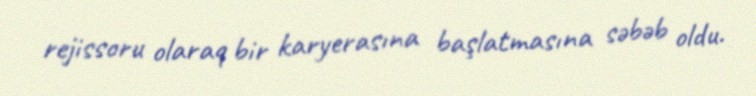
rejissoru olaraq bir karyerasına başlatmasına səbəb oldu.